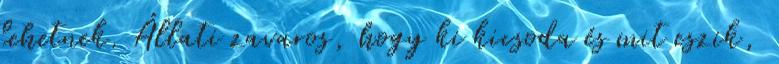
lehetnek. Állati zavaros, hogy ki kicsoda és mit eszik,